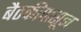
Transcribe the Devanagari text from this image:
बैठकीपासून